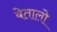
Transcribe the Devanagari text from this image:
बेतालो